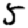
Digit: 5